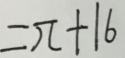
= \pi + 1 6